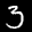
Label: 3